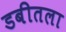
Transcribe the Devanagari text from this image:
डबीतला